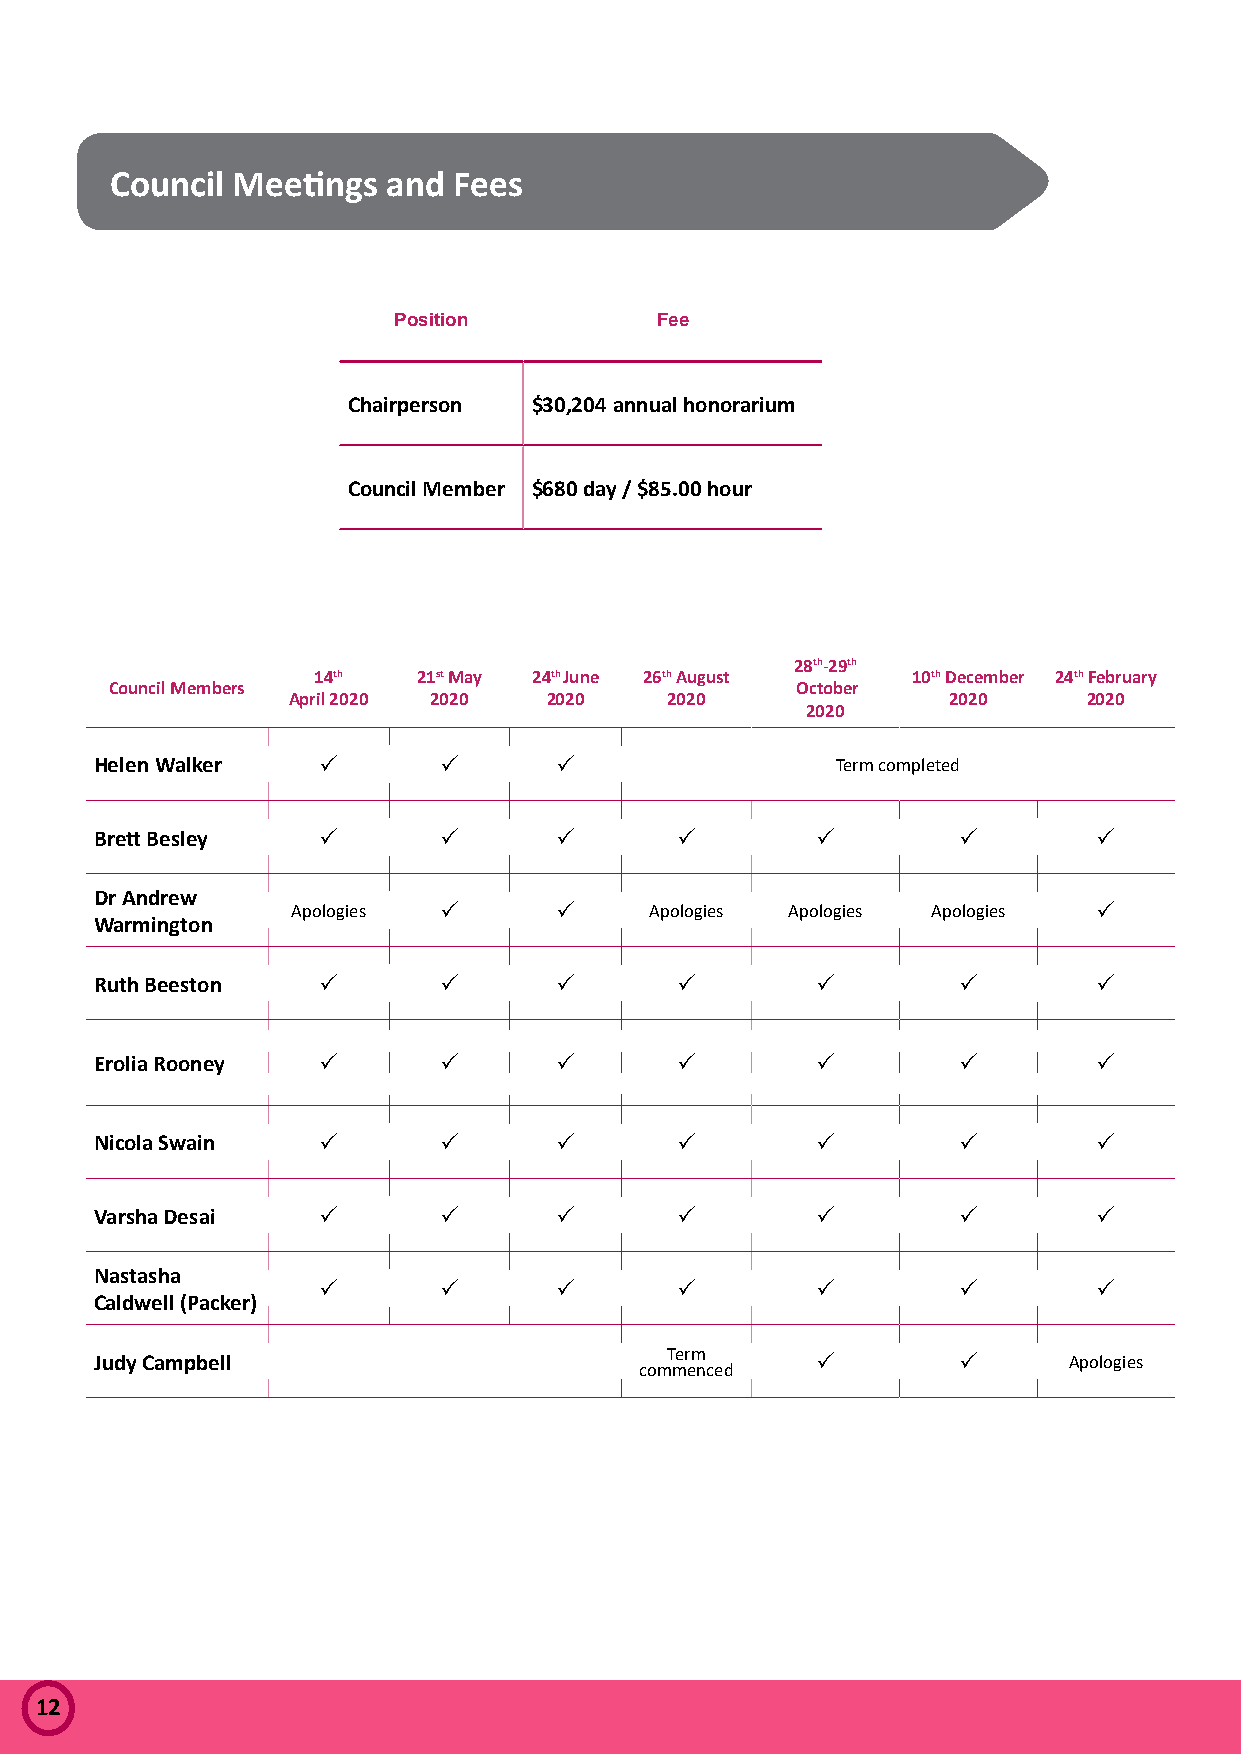
Council Meetings   and Fees
 Position         Fee
 Chairperson $30,204 annual honorarium
 Council Member $680 day / $85.00 hour
 28th-29th
 14th   21st May 24th June 26th August  10th December 24th February
 Council Members                               October
 April 2020 2020  2020    2020               2020     2020
 2020
 Helen Walker   P       P       P                 Term completed
 Brett Besley   P       P       P       P        P        P         P
 Dr Andrew
 Apologies P       P     Apologies Apologies Apologies P
 Warmington
 Ruth Beeston   P       P       P       P        P        P         P
 Erolia Rooney  P       P       P       P        P        P         P
 Nicola Swain   P       P       P       P        P        P         P
 Varsha Desai   P       P       P       P        P        P         P
 Nastasha
 P       P       P       P        P        P         P
 Caldwell (Packer)
 Judy Campbell                         Term      P        P       Apologies
 commenced
 12